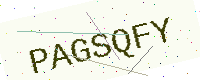
Text: PAGSQFY